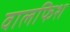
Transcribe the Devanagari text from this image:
वालफिश